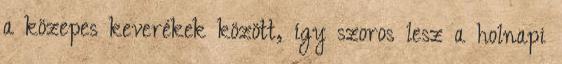
a közepes keverékek között, így szoros lesz a holnapi